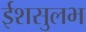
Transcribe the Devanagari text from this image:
ईशसुलभ